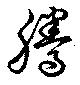
騰